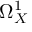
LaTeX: \Omega _ { X } ^ { 1 }